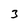
Character: 3